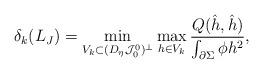
LaTeX: \begin{align*}\delta_k (L_J) &=\min_{V_k\subset (D_\eta\mathcal{J}_0^0)^{\perp}}\max_{h\in V_k} \frac{Q(\hat{h},\hat{h})}{\int_{\partial\Sigma} \phi h^2},\end{align*}